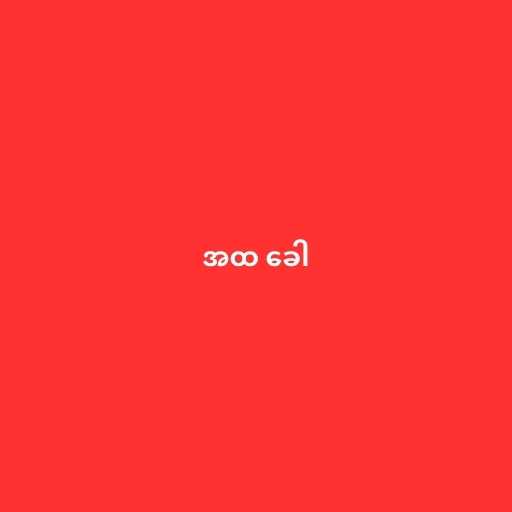
အထ ခေါ